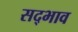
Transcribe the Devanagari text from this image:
सद्‍भाव